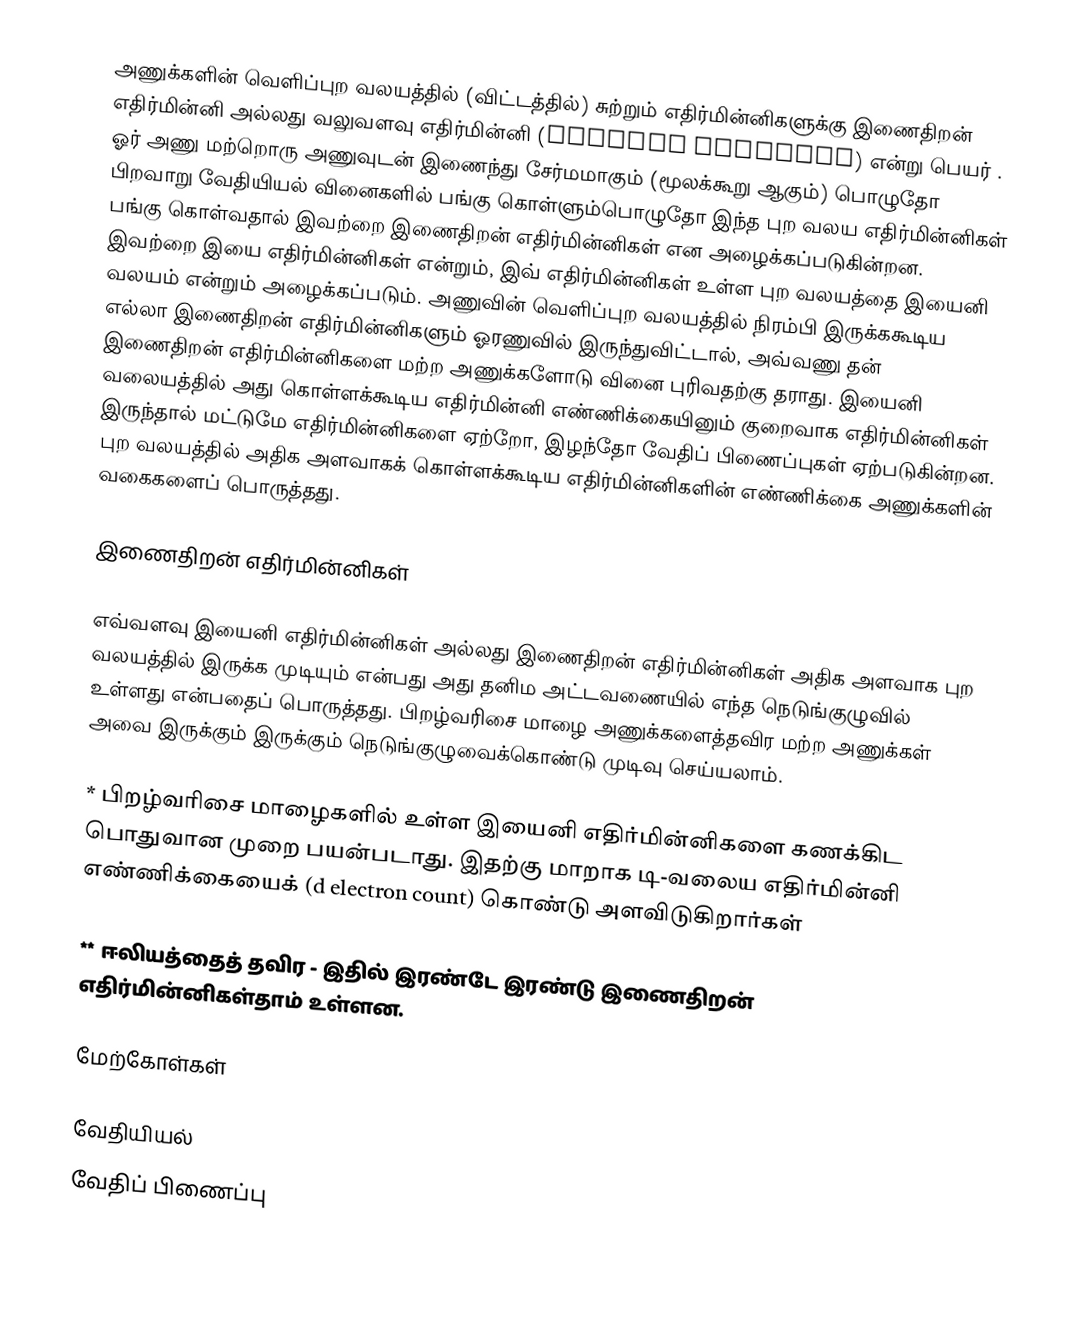
அணுக்களின் வெளிப்புற வலயத்தில் (விட்டத்தில்) சுற்றும் எதிர்மின்னிகளுக்கு இணைதிறன் எதிர்மின்னி அல்லது வலுவளவு எதிர்மின்னி (valence electron) என்று பெயர் . ஓர் அணு மற்றொரு அணுவுடன் இணைந்து  சேர்மமாகும் (மூலக்கூறு ஆகும்) பொழுதோ பிறவாறு வேதியியல் வினைகளில் பங்கு கொள்ளும்பொழுதோ இந்த புற வலய எதிர்மின்னிகள் பங்கு கொள்வதால் இவற்றை இணைதிறன் எதிர்மின்னிகள் என அழைக்கப்படுகின்றன. இவற்றை இயை எதிர்மின்னிகள் என்றும், இவ் எதிர்மின்னிகள் உள்ள புற வலயத்தை இயைனி வலயம் என்றும் அழைக்கப்படும். அணுவின் வெளிப்புற வலயத்தில் நிரம்பி இருக்ககூடிய எல்லா இணைதிறன் எதிர்மின்னிகளும் ஓரணுவில் இருந்துவிட்டால், அவ்வணு தன் இணைதிறன் எதிர்மின்னிகளை மற்ற அணுக்களோடு வினை புரிவதற்கு தராது. இயைனி வலையத்தில் அது கொள்ளக்கூடிய எதிர்மின்னி எண்ணிக்கையினும் குறைவாக எதிர்மின்னிகள் இருந்தால் மட்டுமே எதிர்மின்னிகளை ஏற்றோ, இழந்தோ வேதிப் பிணைப்புகள் ஏற்படுகின்றன. புற வலயத்தில் அதிக அளவாகக் கொள்ளக்கூடிய எதிர்மின்னிகளின் எண்ணிக்கை அணுக்களின் வகைகளைப் பொருத்தது.

இணைதிறன் எதிர்மின்னிகள்

எவ்வளவு இயைனி எதிர்மின்னிகள் அல்லது இணைதிறன் எதிர்மின்னிகள் அதிக அளவாக புற வலயத்தில் இருக்க முடியும் என்பது அது தனிம அட்டவணையில் எந்த நெடுங்குழுவில் உள்ளது என்பதைப் பொருத்தது. பிறழ்வரிசை மாழை அணுக்களைத்தவிர மற்ற அணுக்கள் அவை இருக்கும் இருக்கும் நெடுங்குழுவைக்கொண்டு முடிவு செய்யலாம்.

* பிறழ்வரிசை மாழைகளில் உள்ள இயைனி எதிர்மின்னிகளை கணக்கிட பொதுவான முறை பயன்படாது. இதற்கு மாறாக டி-வலைய எதிர்மின்னி எண்ணிக்கையைக் (d electron count) கொண்டு அளவிடுகிறார்கள்

** ஈலியத்தைத் தவிர - இதில் இரண்டே இரண்டு இணைதிறன் எதிர்மின்னிகள்தாம் உள்ளன.

மேற்கோள்கள்

வேதியியல்
வேதிப் பிணைப்பு